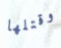
وقتلها